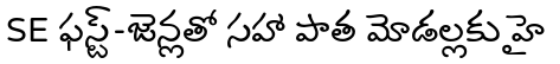
SE ఫస్ట్-జెన్లతో సహా పాత మోడల్లకు హై